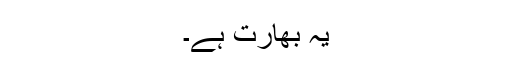
یہ بھارت ہے۔